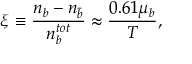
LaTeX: \xi \equiv { \frac { n _ { b } - n _ { \bar { b } } } { n _ { b } ^ { t o t } } } \approx { \frac { 0 . 6 1 \mu _ { b } } { T } } ,